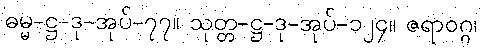
ဓမ္မ-ဋ္ဌ-ဒု-အုပ်-၇၇။ သုတ္တ-ဋ္ဌ-ဒု-အုပ်-၁၂၄။ ဇရာဝဂ္ဂ၊